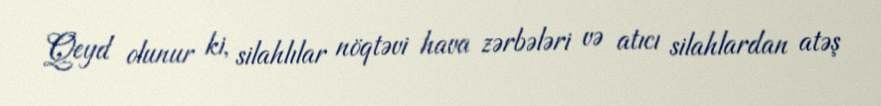
Qeyd olunur ki, silahlılar nöqtəvi hava zərbələri və atıcı silahlardan atəş